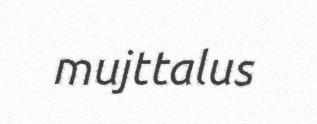
mujttalus